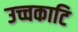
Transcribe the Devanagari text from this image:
उच्चकाटि